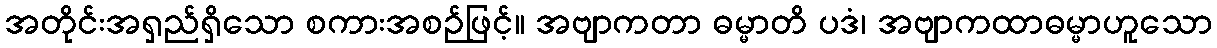
အတိုင်းအရှည်ရှိသော စကားအစဉ်ဖြင့်။ အဗျာကတာ ဓမ္မာတိ ပဒံ၊ အဗျာကထာဓမ္မာဟူသော